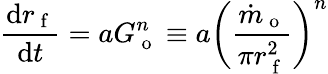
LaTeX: \frac{\mathrm{d}r_{\mathrm{~f~}}}{\mathrm{d}t}=aG_{\mathrm{~o~}}^{n}\equiv a\bigg(\frac{\dot{m}_{\mathrm{~o~}}}{\pi r_{\mathrm{~f~}}^{2}}\bigg)^{n}